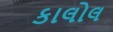
કાલોલ